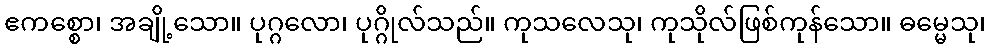
ဧကစ္စော၊ အချို့သော။ ပုဂ္ဂလော၊ ပုဂ္ဂိုလ်သည်။ ကုသလေသု၊ ကုသိုလ်ဖြစ်ကုန်သော။ ဓမ္မေသု၊